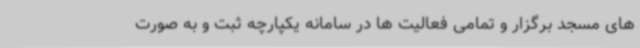
های مسجد برگزار و تمامی فعالیت ها در سامانه یکپارچه ثبت و به صورت